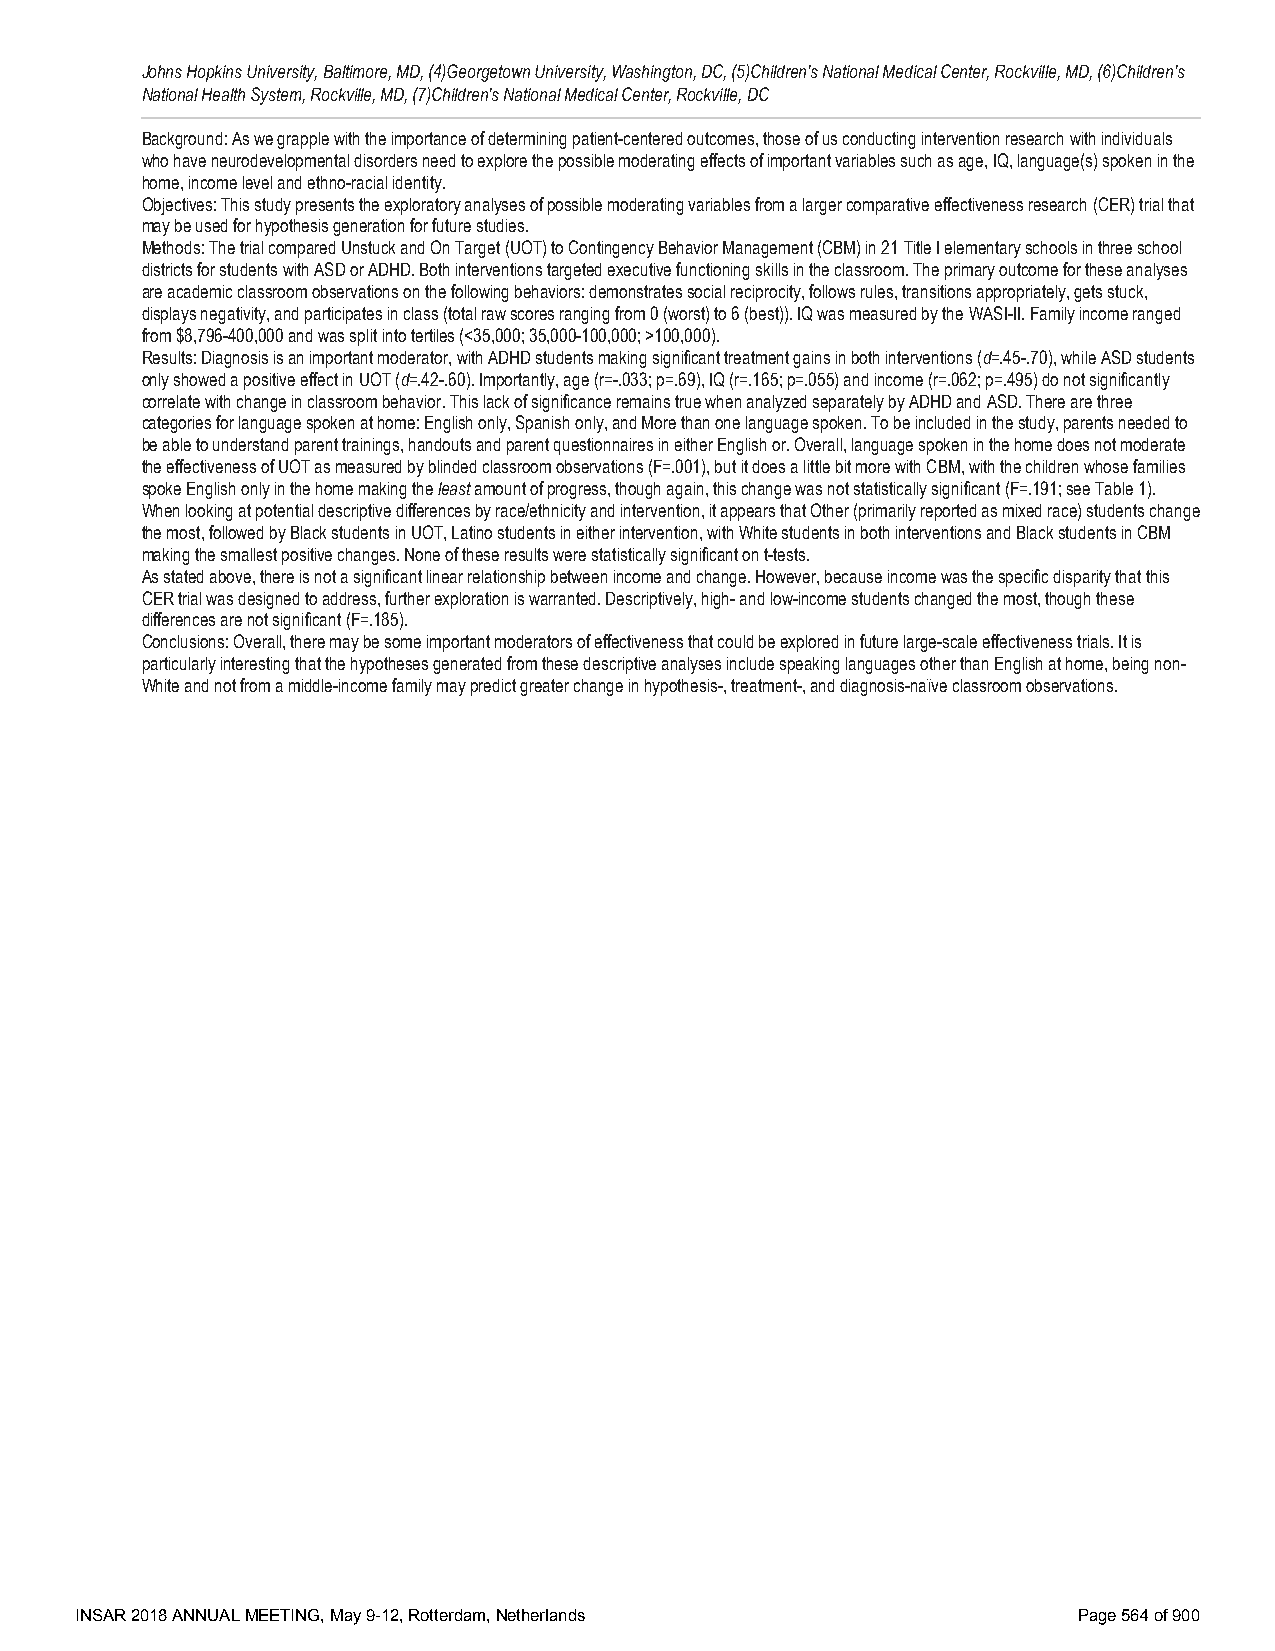
Johns Hopkins University, Baltimore, MD, (4)Georgetown University, Washington, DC, (5)Children's National Medical Center, Rockville, MD, (6)Children's
 National Health System, Rockville, MD, (7)Children's National Medical Center, Rockville, DC
 Background: As we grapple with the importance of determining patient-centered outcomes, those of us conducting intervention research with individuals
 who have neurodevelopmental disorders need to explore the possible moderating effects of important variables such as age, IQ, language(s) spoken in the
 home, income level and ethno-racial identity.
 Objectives: This study presents the exploratory analyses of possible moderating variables from a larger comparative effectiveness research (CER) trial that
 may be used for hypothesis generation for future studies.
 Methods: The trial compared Unstuck and On Target (UOT) to Contingency Behavior Management (CBM) in 21 Title I elementary schools in three school
 districts for students with ASD or ADHD. Both interventions targeted executive functioning skills in the classroom. The primary outcome for these analyses
 are academic classroom observations on the following behaviors: demonstrates social reciprocity, follows rules, transitions appropriately, gets stuck,
 displays negativity, and participates in class (total raw scores ranging from 0 (worst) to 6 (best)). IQ was measured by the WASI-II. Family income ranged
 from $8,796-400,000 and was split into tertiles (<35,000; 35,000-100,000; >100,000).
 Results: Diagnosis is an important moderator, with ADHD students making significant treatment gains in both interventions (d=.45-.70), while ASD students
 only showed a positive effect in UOT (d=.42-.60). Importantly, age (r=-.033; p=.69), IQ (r=.165; p=.055) and income (r=.062; p=.495) do not significantly
 correlate with change in classroom behavior. This lack of significance remains true when analyzed separately by ADHD and ASD. There are three
 categories for language spoken at home: English only, Spanish only, and More than one language spoken. To be included in the study, parents needed to
 be able to understand parent trainings, handouts and parent questionnaires in either English or. Overall, language spoken in the home does not moderate
 the effectiveness of UOT as measured by blinded classroom observations (F=.001), but it does a little bit more with CBM, with the children whose families
 spoke English only in the home making the least amount of progress, though again, this change was not statistically significant (F=.191; see Table 1).
 When looking at potential descriptive differences by race/ethnicity and intervention, it appears that Other (primarily reported as mixed race) students change
 the most, followed by Black students in UOT, Latino students in either intervention, with White students in both interventions and Black students in CBM
 making the smallest positive changes. None of these results were statistically significant on t-tests.
 As stated above, there is not a significant linear relationship between income and change. However, because income was the specific disparity that this
 CER trial was designed to address, further exploration is warranted. Descriptively, high- and low-income students changed the most, though these
 differences are not significant (F=.185).
 Conclusions: Overall, there may be some important moderators of effectiveness that could be explored in future large-scale effectiveness trials. It is
 particularly interesting that the hypotheses generated from these descriptive analyses include speaking languages other than English at home, being non-
 White and not from a middle-income family may predict greater change in hypothesis-, treatment-, and diagnosis-naïve classroom observations.
 INSAR 2018 ANNUAL MEETING, May 9-12, Rotterdam, Netherlands       Page 564 of 900